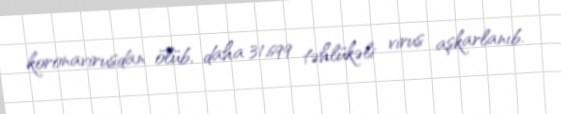
koronavirusdan ölüb, daha 31,699 təhlükəli virus aşkarlanıb.